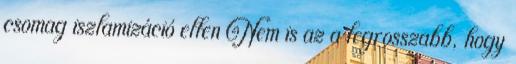
csomag iszlamizáció ellen Nem is az a legrosszabb, hogy